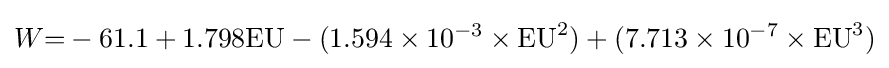
W{=}-61.1+1.798{\text{EU}}-(1.594\times 10^{-3}\times {\text{EU}}^{2})+(7.713\times 10^{-7}\times {\text{EU}}^{3})